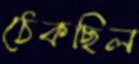
ঠেকছিল